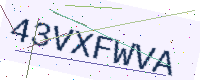
Text: 43VXFWVA